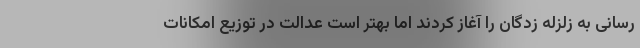
رسانی به زلزله زدگان را آغاز کردند اما بهتر است عدالت در توزیع امکانات